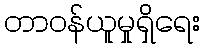
တာဝန်ယူမှုရှိရေး